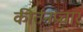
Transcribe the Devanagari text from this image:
कीर्तनप्रचार